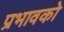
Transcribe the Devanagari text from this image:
प्रभावको